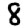
Digit: 8